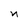
Character: n